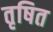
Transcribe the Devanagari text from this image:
तृषित